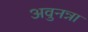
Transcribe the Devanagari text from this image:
अवुनन्ना